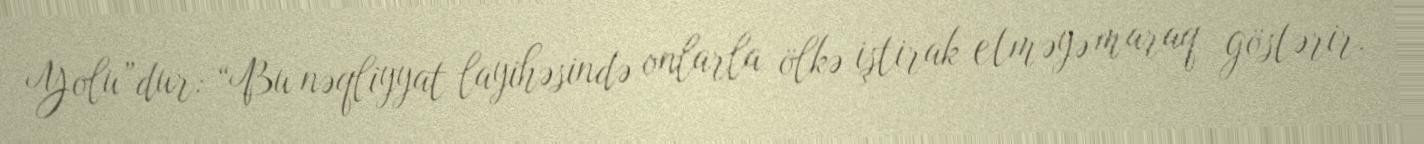
Yolu”dur: “Bu nəqliyyat layihəsində onlarla ölkə iştirak etməyə maraq göstərir.